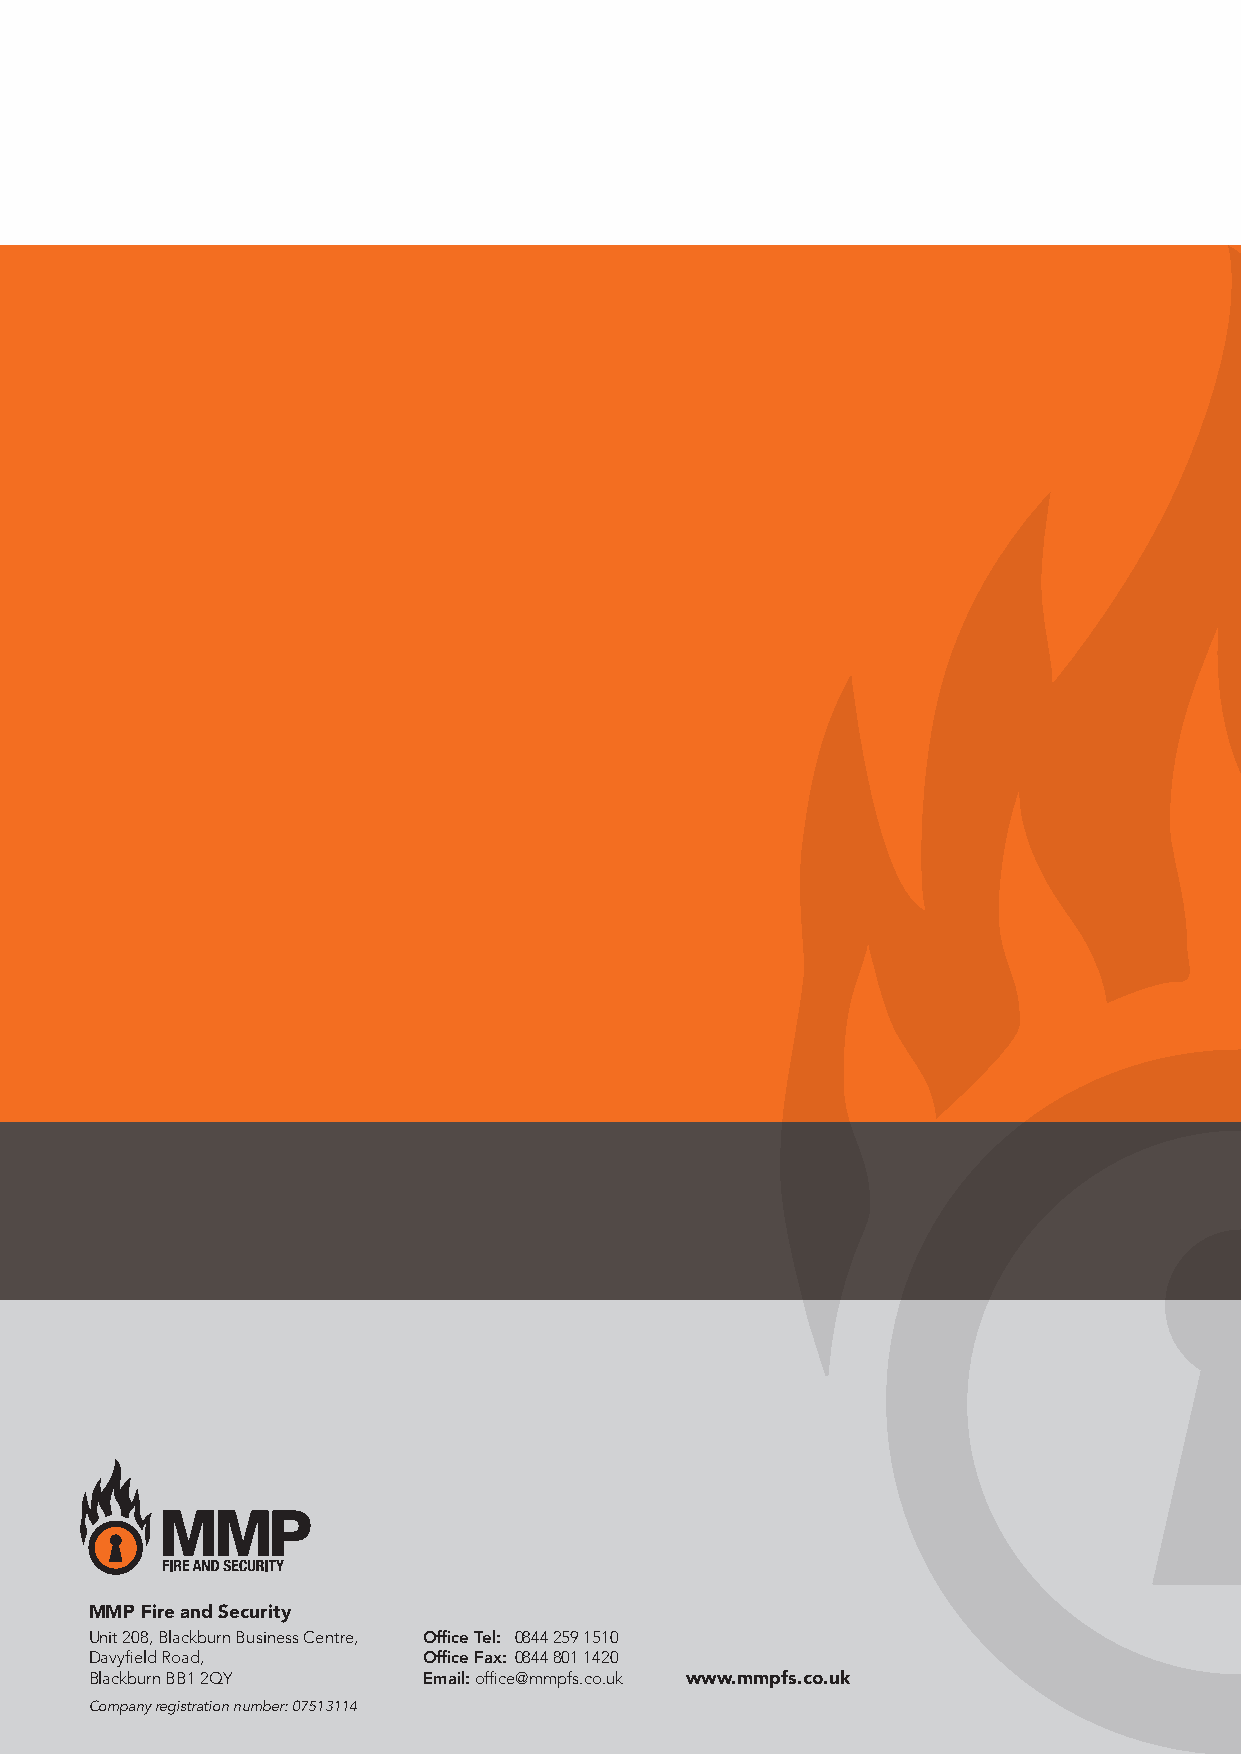
MMP Fire and Security
 Unit 208, Blackburn Business Centre, Office Tel: 0844 259 1510
 Davyfield Road,       Office Fax: 0844 801 1420
 Blackburn BB1 2QY     Email: office@mmpfs.co.uk www.mmpfs.co.uk
 Company registration number: 07513114